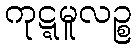
ကုဋ္ဋမူလဉ္စ